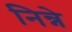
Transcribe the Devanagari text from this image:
निन्ने